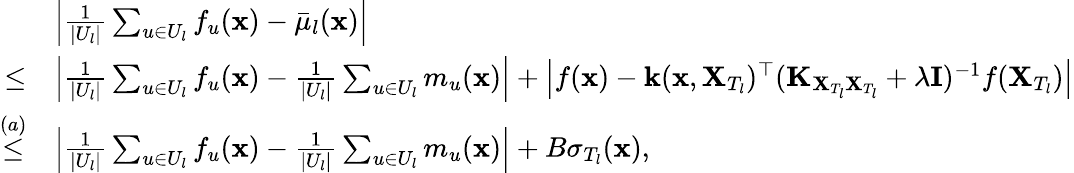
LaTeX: \begin{array}{rl}&{\left|\frac{1}{|U_{l}|}\sum_{u\in U_{l}}f_{u}(\mathbf{x})-\bar{\mu}_{l}(\mathbf{x})\right|}\\ {\leq}&{\left|\frac{1}{|U_{l}|}\sum_{u\in U_{l}}f_{u}(\mathbf{x})-\frac{1}{|U_{l}|}\sum_{u\in U_{l}}m_{u}(\mathbf{x})\right|+\left|f(\mathbf{x})-\mathbf{k}(\mathbf{x},\mathbf{X}_{T_{l}})^{\top}(\mathbf{K}_{\mathbf{X}_{T_{l}}\mathbf{X}_{T_{l}}}+\lambda\mathbf{I})^{-1}f(\mathbf{X}_{T_{l}})\right|}\\ {\overset{(a)}{\leq}}&{\left|\frac{1}{|U_{l}|}\sum_{u\in U_{l}}f_{u}(\mathbf{x})-\frac{1}{|U_{l}|}\sum_{u\in U_{l}}m_{u}(\mathbf{x})\right|+B\sigma_{T_{l}}(\mathbf{x}),}\end{array}